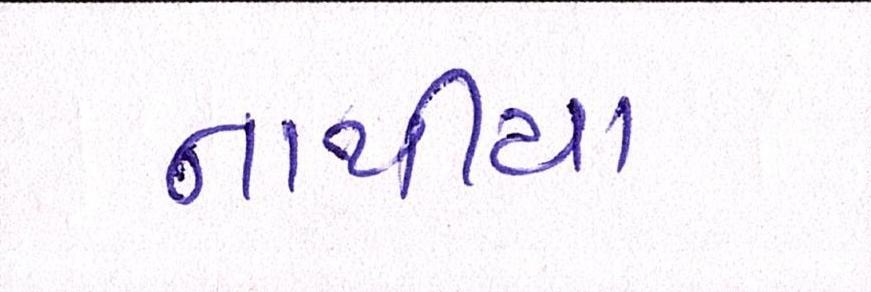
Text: નાથીયા